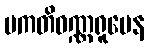
ပကတိဝဏ္ဏရူပေန